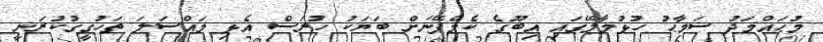
މުޙައްމަދު ސަމާޙު ހުޅުމާލޭގައި އިބޫގެ ކެމްޕޭނަށް ބަޔަކު ހުރަސް އެޅި މައްސަލަ ތަހުގީގުކުރަނީ